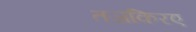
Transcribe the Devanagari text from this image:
तजकिरए